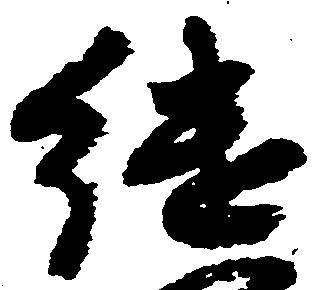
継